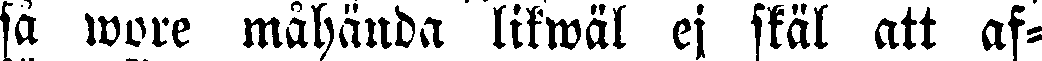
så wore måhända likwäl ej skäl att af-